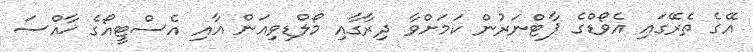
އޭގެ ތެރޭގައި އެވޯޑްގެ ޕާޓްނަރުން ކަމަށްވާ ދިރާގާއި މޯލްޑިވިއަން އާއި އެސްޓީއޯގެ ޚާއްސަ